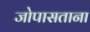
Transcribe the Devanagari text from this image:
जोपासताना